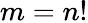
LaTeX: m=n!